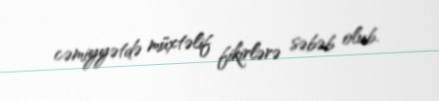
cəmiyyətdə müxtəlif fikirlərə səbəb olub.